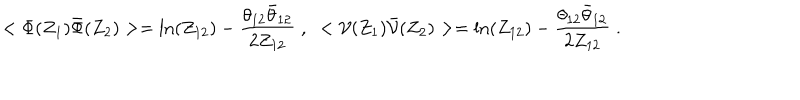
LaTeX: < \Phi ( Z _ { 1 } ) { \bar { \Phi } } ( Z _ { 2 } ) > = \mathrm { l n } ( Z _ { 1 2 } ) - { \frac { \theta _ { 1 2 } \bar { \theta } _ { 1 2 } } { 2 Z _ { 1 2 } } } \; , \; \; < { \cal V } ( Z _ { 1 } ) { \bar { \cal V } } ( Z _ { 2 } ) > = \mathrm { l n } ( Z _ { 1 2 } ) - { \frac { \theta _ { 1 2 } \bar { \theta } _ { 1 2 } } { 2 Z _ { 1 2 } } } \; .